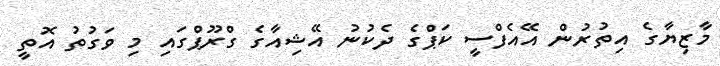
މާޒިޔާގެ އިތުރުން އޭއެފްސީ ކަޕްގެ ދެކުނު އޭޝިއާގެ ގްރޫޕްގައި މި ވަގުތު އޮތީ